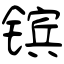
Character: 镔